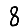
Digit: 8